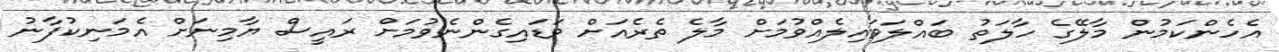
އެހެންކަމުން މާލޭގެ ހާލަތު ބައްލަވައިލެއްވުމަށް މާލެ ތެރެއަށް ވަޑައިގެންނެވުމަށް ރައީސް ޔާމިނަށް އެމަނިކުފާނު